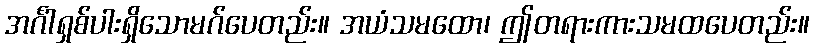
အင်္ဂါရှစ်ပါးရှိသောမဂ်ပေတည်း။ အယံသမထော၊ ဤတရားကားသမထပေတည်း။